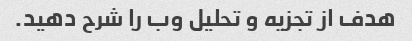
هدف از تجزیه و تحلیل وب را شرح دهید.